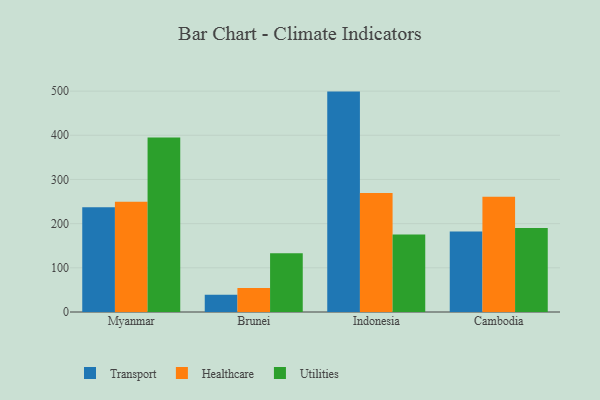
{"axis": {"x": "Country", "y": "Page Views"}, "legend": ["Healthcare", "Transport", "Utilities"], "data": [{"x": "Myanmar", "y": 237.2, "type": "Transport"}, {"x": "Myanmar", "y": 249.5, "type": "Healthcare"}, {"x": "Myanmar", "y": 394.8, "type": "Utilities"}, {"x": "Brunei", "y": 39.1, "type": "Transport"}, {"x": "Brunei", "y": 54.1, "type": "Healthcare"}, {"x": "Brunei", "y": 133.2, "type": "Utilities"}, {"x": "Indonesia", "y": 498.9, "type": "Transport"}, {"x": "Indonesia", "y": 269.6, "type": "Healthcare"}, {"x": "Indonesia", "y": 175.5, "type": "Utilities"}, {"x": "Cambodia", "y": 182.5, "type": "Transport"}, {"x": "Cambodia", "y": 260.6, "type": "Healthcare"}, {"x": "Cambodia", "y": 189.9, "type": "Utilities"}]}